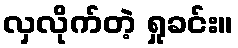
လှလိုက်တဲ့ ရှုခင်း။